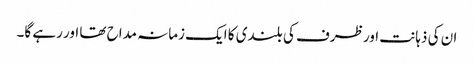
ان کی ذہانت اور ظرف کی بلندی کا ایک زمانہ مداح تھا اور رہے گا۔